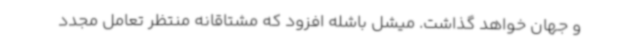
و جهان خواهد گذاشت. میشل باشله افزود که مشتاقانه منتظر تعامل مجدد